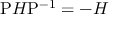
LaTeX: { \mathrm { P } } H { \mathrm { P } } ^ { - 1 } = - H